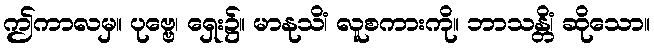
ဤကာလမှ။ ပုဗ္ဗေ၊ ရှေး၌။ မာနုသိံ၊ လူစကားကို။ ဘာသန္တိံ၊ ဆိုသော။